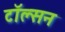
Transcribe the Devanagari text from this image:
टॉल्सन